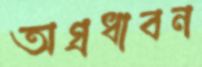
অগ্রধাবন